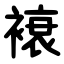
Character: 䙑